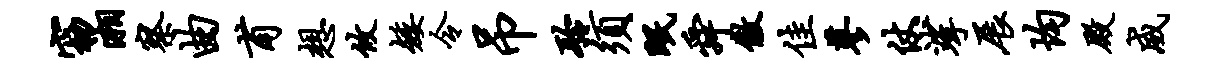
窈湘察曲甫想攸矮令吊聆须眠舜傲佳蓼仗挲展均殿威